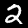
Label: 2